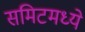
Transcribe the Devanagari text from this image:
समिटमध्ये